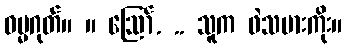
ဓမ္မဂုတ်။ ။ ဪ. .. သူက ဖဲသမားကိုး။